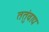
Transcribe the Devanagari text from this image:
ततुंवाद्य